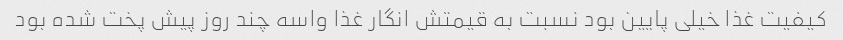
کیفیت غذا خیلی پایین بود نسبت به قیمتش انگار غذا واسه چند روز پیش پخت شده بود